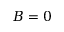
B = 0